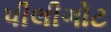
પીલીગોટ